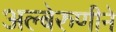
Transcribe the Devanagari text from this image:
अल्बेरुणीने